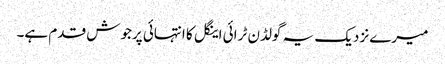
میرے نزدیک یہ گولڈن ٹرائی اینگل کا انتہائی پرجوش قدم ہے۔